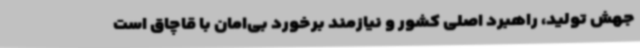
جهش تولید، راهبرد اصلی کشور و نیازمند برخورد بی‌امان با قاچاق است